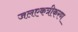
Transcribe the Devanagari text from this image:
जलएकत्रीकरण